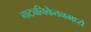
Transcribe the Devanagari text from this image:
नाट्यनिकेतनमध्ये